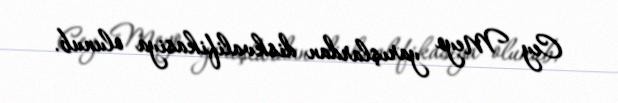
Cey Meyo yarışlardan diskvalifikasiya olunub.